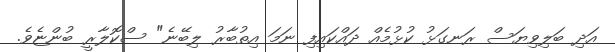
އަދި ބަލިވިޔަސް ރަނގަޅު ކުޅުމެއް ދައްކައިފި ނަމަ އިތުބާރު ލިބޭނެ" ސްކޮލާރީ ބުންޏެވެ.